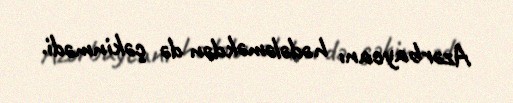
Azərbaycanı hədələməkdən də çəkinmədi.